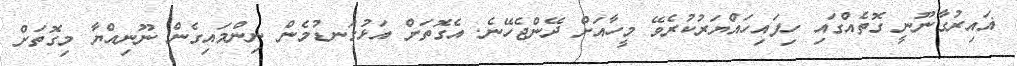
ޣައިރުގާނޫނީ ގޮތެއްގައި ހިފައިހައްޔަރުކުރެވޭ މީހާއަށް ދޭންޖެހޭނެ. އެގޮތަށް އަޅުގަނޑުމެން ނިންމައިގެން ނޫނިއްޔާ މިގޮތަށް